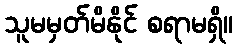
သူမမှတ်မိနိုင် စရာမရှိ။